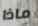
ماذا